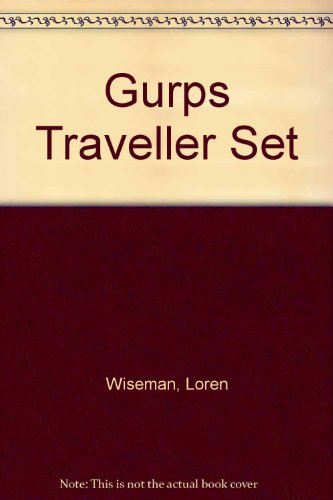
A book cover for GURPS Traveller 25th Anniversary Set; Loren Wiseman; Science Fiction & Fantasy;